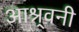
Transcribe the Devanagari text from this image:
आश्र्वनी